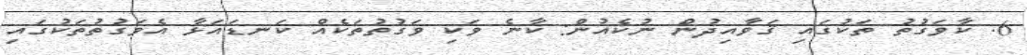
6. ކާވަގުތު ތަކުގައި ޤަވާއިދުން ނުކެއުން: ކާނެ ވަކި ވަގުތުތަކެއް ކަނޑައަޅާ އެވަގުތުތަކުގައި